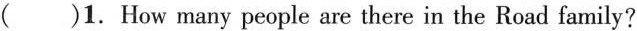
()1.How many people are there in the Road family?